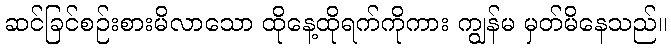
ဆင်ခြင်စဉ်းစားမိလာသော ထိုနေ့ထိုရက်ကိုကား ကျွန်မ မှတ်မိနေသည်။